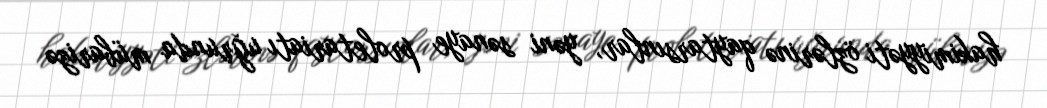
hakimiyyəti özlərinə qaytarsınlar, yəni sənaye proletariatı uğrunda mübarizə